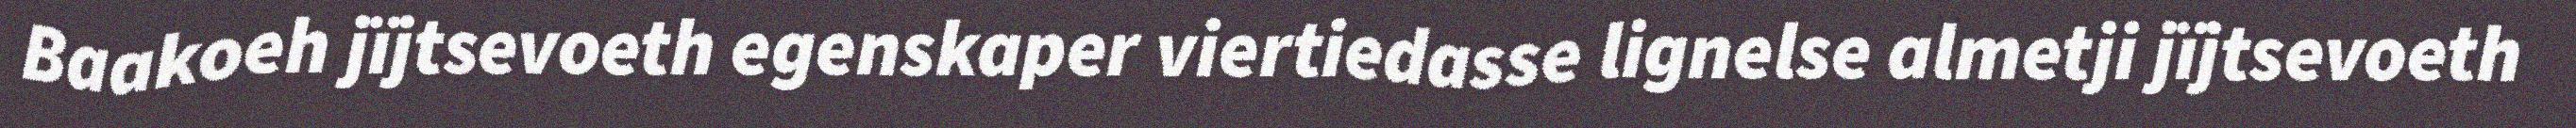
Baakoeh jïjtsevoeth egenskaper viertiedasse lignelse almetji jïjtsevoeth